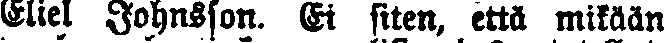
Eliel Johnsson. Ei siten, että mikään